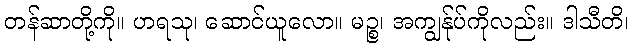
တန်ဆာတို့ကို။ ဟရသု၊ ဆောင်ယူလော။ မဉ္စ၊ အကျွန်ုပ်ကိုလည်း။ ဒါသီတိ၊